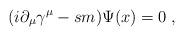
LaTeX: \begin{align*}(i\partial_\mu\gamma^\mu-sm)\Psi(x)=0\;,\end{align*}